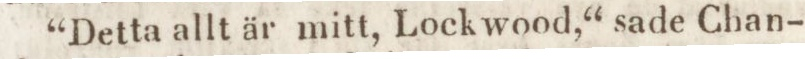
“Detta allt är mitt, Lockwood,“ sade Chan-